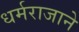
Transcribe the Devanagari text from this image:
धर्मराजाने